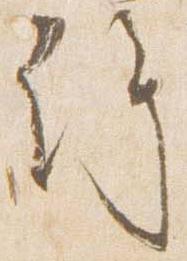
許